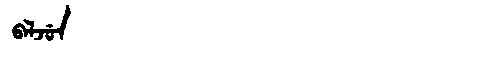
Manchu: ᠪᠠᠯᠵᡠᠨ
Romanization: BALJUN